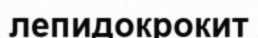
лепидокрокит